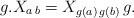
LaTeX: \begin{align*} g{\bf.}X_{a\,b} = X_{g(a)\,g(b)}\, g.\end{align*}